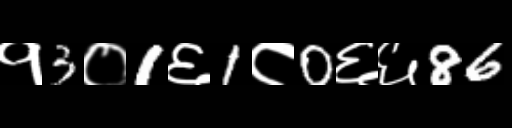
Text: १3०1६1८0६६86